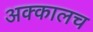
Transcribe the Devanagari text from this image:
अक्कालच